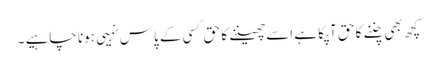
کچھ بھی چننے کا حق آپکا ہے اسےچھیننے کا حق کسی کے پاس نہیی ہونا چاہیے ۔